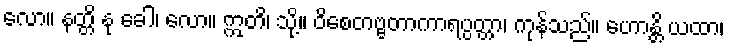
လော။ နတ္တိ နု ခေါ၊ လော။ ဣတိ၊ သို့။ ဝိစေတဗ္ဗတာကာရပ္ပတ္တာ၊ ကုန်သည်။ ဟောန္တိ ယထာ၊